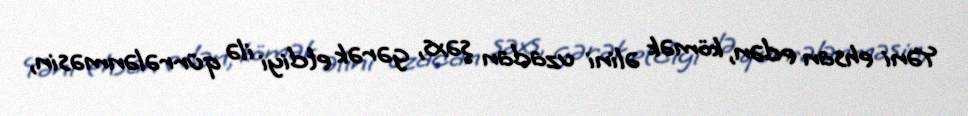
Yəni ehsan edən, kömək əlini uzadan şəxs, gərək etdiyi ilə qürrələnməsin,